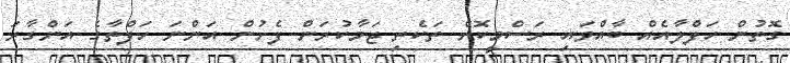
ގޮތުން ހަފްލާއެއް ބާއްވައި ރަސްމީކޮށް ތަކެތި ޖަމާކުރަން ފެށުން އަންނަ ހަފްތާގެ އަންގާރަ